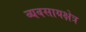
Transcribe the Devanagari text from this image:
व्यवसायक्षेत्र